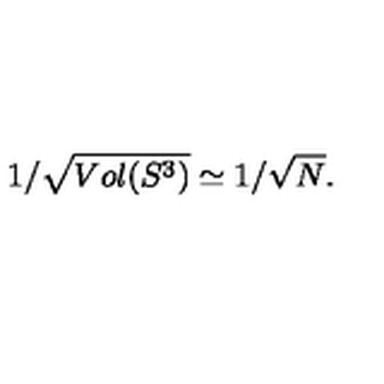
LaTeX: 1 / \sqrt { V o l ( S ^ { 3 } ) } \simeq 1 / \sqrt { N } .